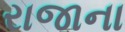
રાજાના